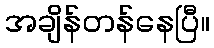
အချိန်တန်နေပြီ။